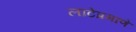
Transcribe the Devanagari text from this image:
लाटेप्रमाणे